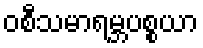
ဝစီသမာရမ္ဘပစ္စယာ